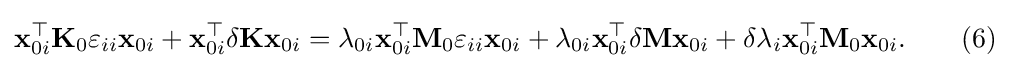
\mathbf {x} _{0i}^{\top }\mathbf {K} _{0}\varepsilon _{ii}\mathbf {x} _{0i}+\mathbf {x} _{0i}^{\top }\delta \mathbf {K} \mathbf {x} _{0i}=\lambda _{0i}\mathbf {x} _{0i}^{\top }\mathbf {M} _{0}\varepsilon _{ii}\mathbf {x} _{0i}+\lambda _{0i}\mathbf {x} _{0i}^{\top }\delta \mathbf {M} \mathbf {x} _{0i}+\delta \lambda _{i}\mathbf {x} _{0i}^{\top }\mathbf {M} _{0}\mathbf {x} _{0i}.\qquad (6)